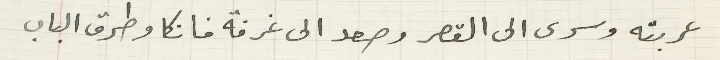
عربته وسرى الى القصر وصعد الى غرفة فانكا وطرق الباب